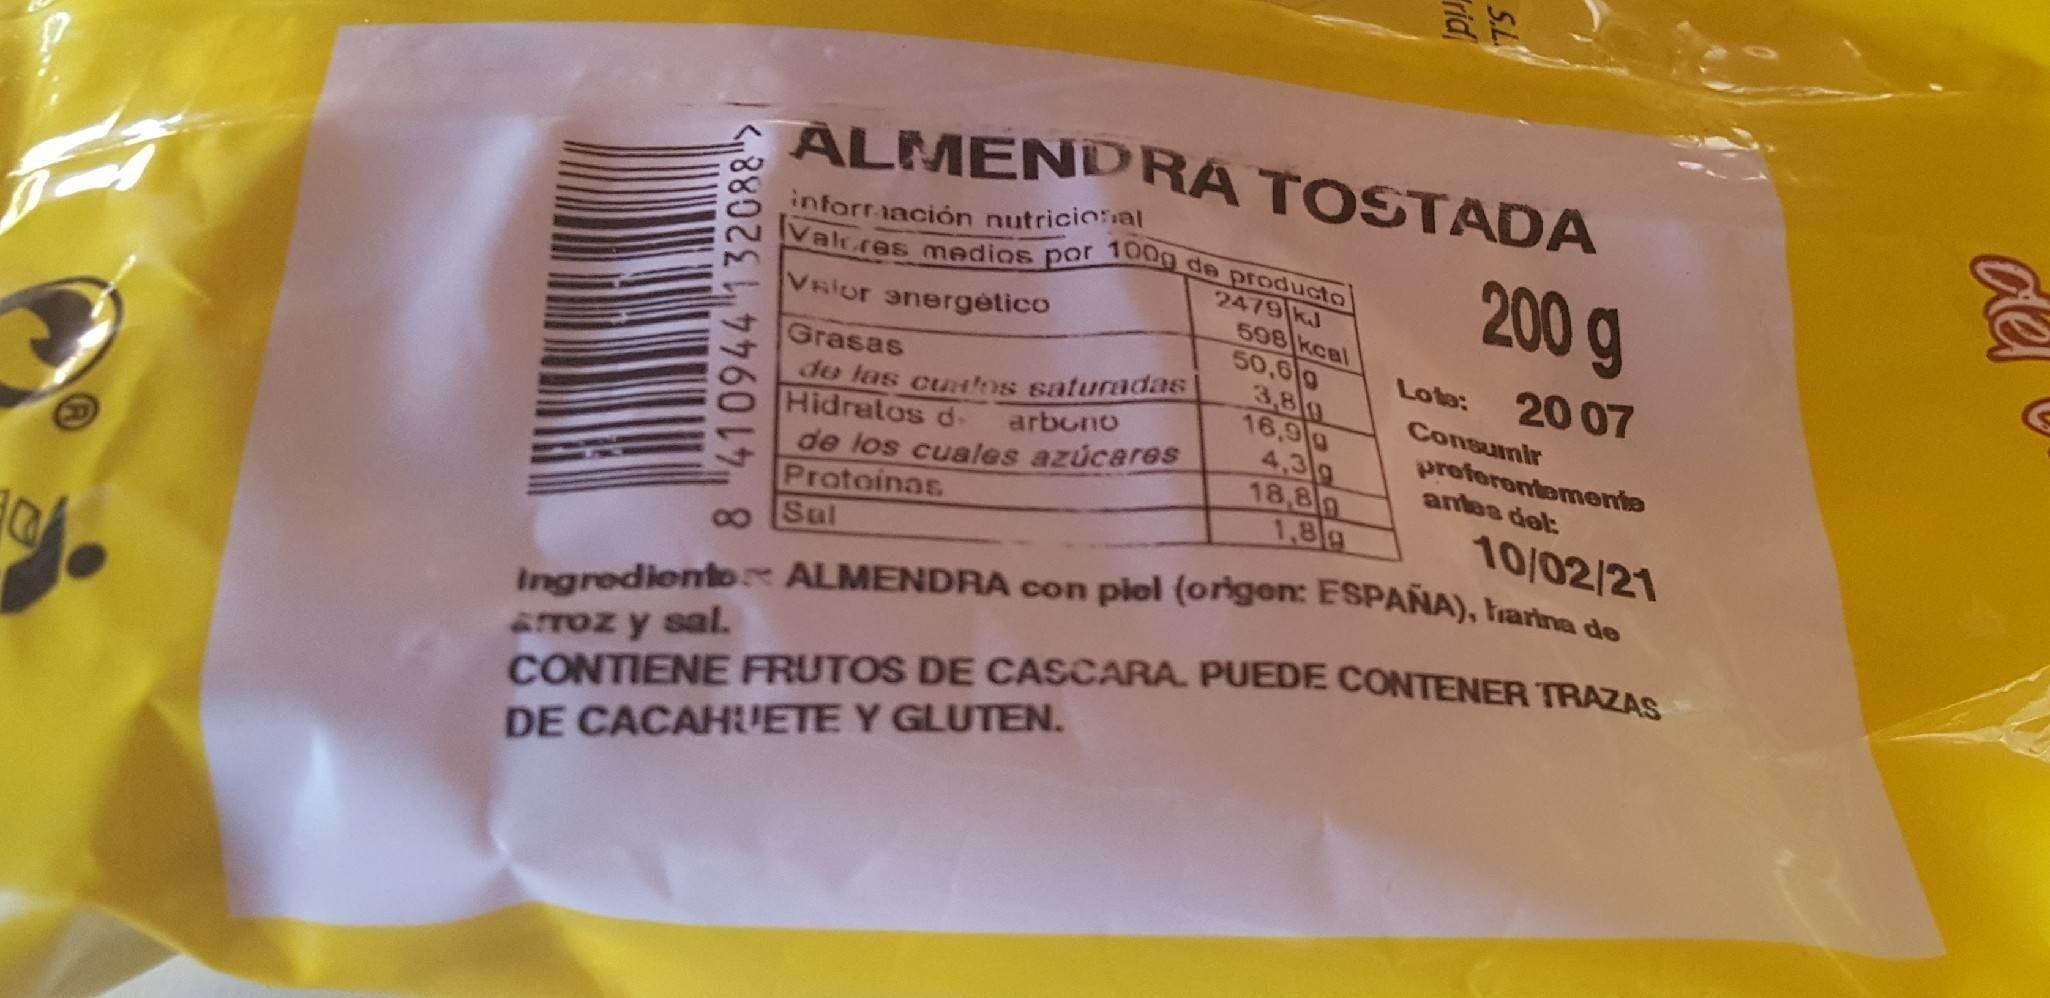
ALMENDRA TOSTADA
inforraación nutricional 100g
200g
de producto 2479 kJ 598 kcal 50,60 3,8g 16,90 4,3g 18,8n 1,8g
Valc.res medios por
Vsior anergetico
Lote:
20 07
Grasas de las curtos saturadas Hidratos d- de los cuales azúcares Protoinas 8 Sul
Consunir proforontemente antes dol:
arbono
10/02/21
ATTOZ y sal. CONTIENE FRUTOS DE CASCARA. PUEDE CONTENER TRAZAS
Ingrediento ALMENDRA con piel (oigen: ESPAÑA), Frarina de
DE CACAHUETE Y GLUTEN.
5.L rid
8 410944132088>